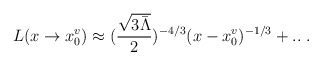
\begin{align*}L(x\rightarrow x^v_0)\approx(\frac{\sqrt{3\bar\Lambda}}{2})^{-4/3} (x-x^v_0)^{-1/3}+.. \ .\end{align*}